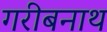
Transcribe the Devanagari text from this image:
गरीबनाथ